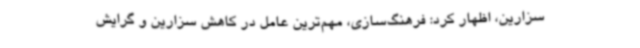
سزارین، اظهار کرد: فرهنگ‌سازی، مهم‌ترین عامل در کاهش سزارین و گرایش